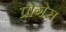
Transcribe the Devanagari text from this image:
प्रोगेस